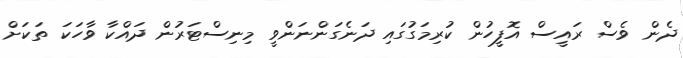
ދެން ވެސް ރައީސް އޮފީހުން ކުރިމަގުގައި ދަނެގަންނަންވީ މިނިސްޓަރުން ދައްކާ ވާހަކަ ތަކަށް